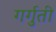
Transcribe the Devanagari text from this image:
गर्गुती